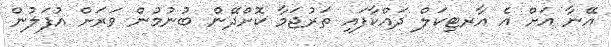
އޭނާ އަށް އެ އާރޓިކަލް ދައްކާފައި ތަރުޖަމާ ކޮށްދޭން ބުނުމުން ވަރަށް އުފަލުން